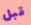
قبل